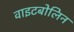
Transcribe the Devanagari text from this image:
वाइटबोलिन